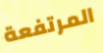
المرتفعة